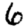
Digit: 6